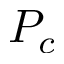
P _ { c }